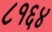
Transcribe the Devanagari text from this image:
८१६४